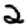
Digit: 2